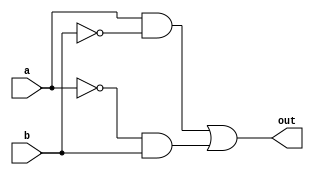
module lab2(a,b,out);
input a,b;
output out;

wire w1,w2,a_bar,b_bar;

assign #0.03 a_bar=~a;
assign #0.03 b_bar=~b;

assign #1   w1 = (a & b_bar);
assign #1   w2 = (a_bar & b);
assign #1.5 out = w1 | w2;

endmodule